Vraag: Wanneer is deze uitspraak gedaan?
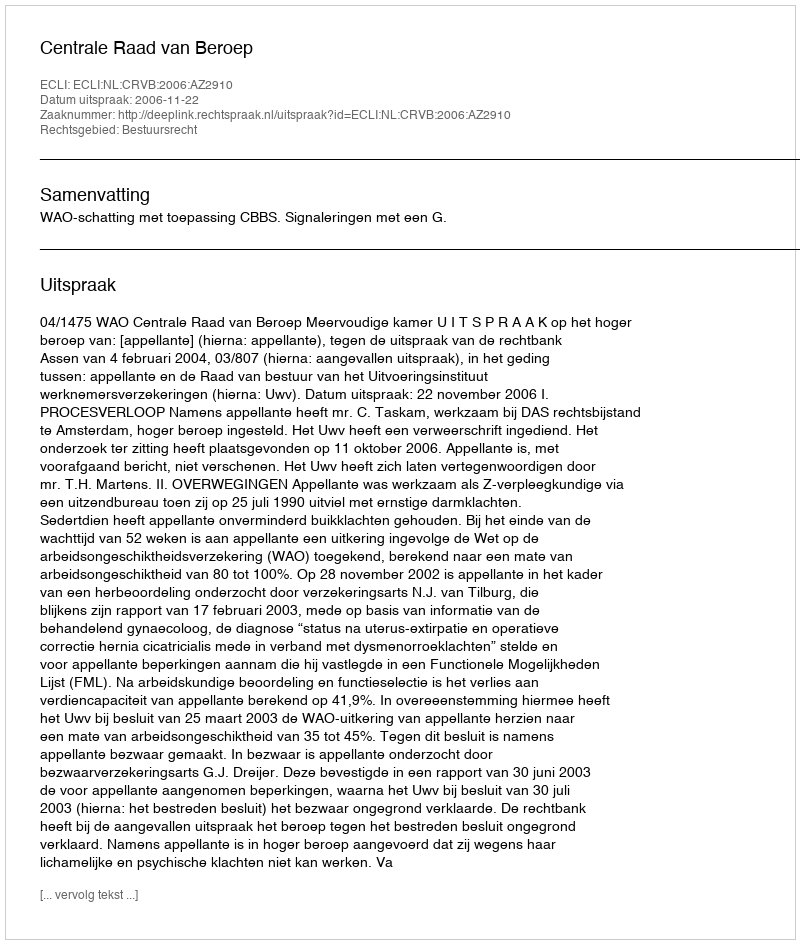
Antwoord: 2006-11-22